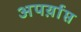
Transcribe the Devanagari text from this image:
अपर्य़ाप्त